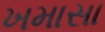
ખમાસા